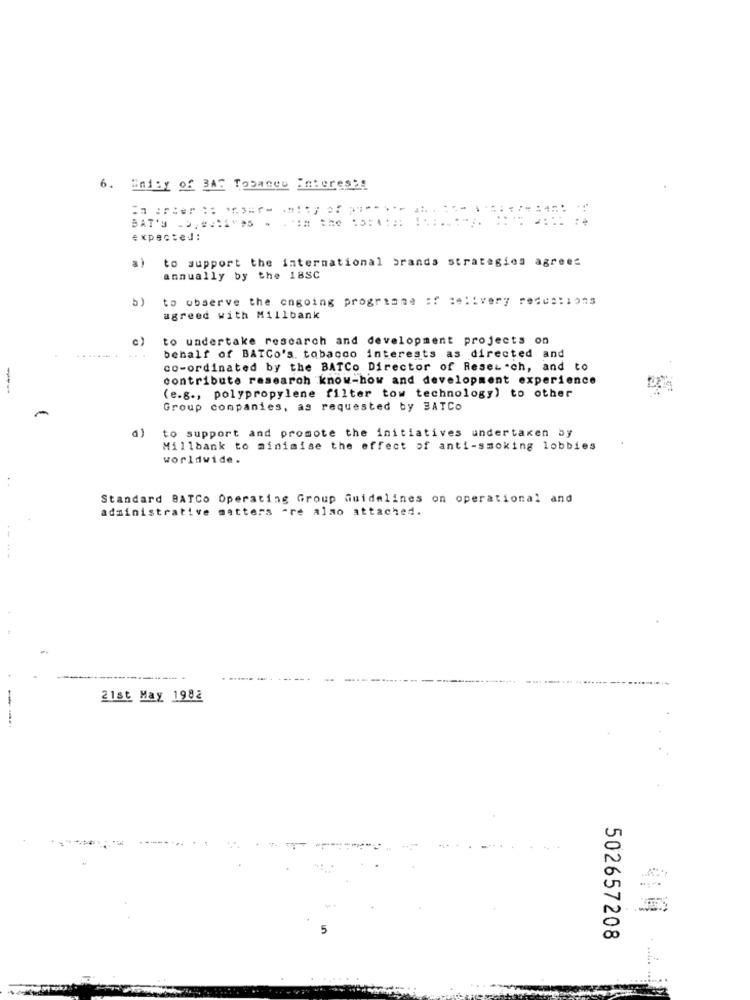
6. Wnicy of BAT Tobanco Interests
BAT'S -EVA .. the .
expected:
a)
to support the international brands strategies agrees
annually by the 18SC
5)
to observe the ongoing prograane of delivery reductions
agreed with Millbank
c)
to undertake research and development projects on
behalf of BATCo's. tobacco interests as directed and
co-ordinated by the BATCo Director of Research, and to
contribute research know-how and development experience
--
(e.g ., polypropylene filter tow technology) to other
Group companies, as requested by BATCo
a)
to support and promote the initiatives undertaken by
Millbank to minimise the effect of anti-smoking lobbies
worldwide.
Standard BATCo Operating Group Guidelines on operational and
administrative matters are also attached.
-
21st May 1982
502657208